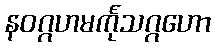
နဝဂ္ဂဟမင်္ကုသဂ္ဂဟော